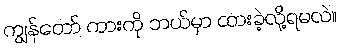
ကျွန်တော် ကားကို ဘယ်မှာ ထားခဲ့လို့ရမလဲ။